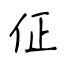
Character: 佂